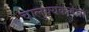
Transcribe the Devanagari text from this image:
चालुक्यकलेचा